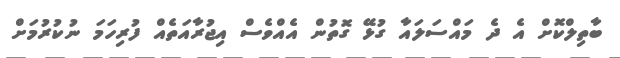
ބާތިލްކޮށް އެ ދެ މައްސަލައާ ގުޅޭ ގޮތުން އެއްވެސް އިޖުރާއަތެއް ފުރިހަމަ ނުކުރުމަށް